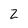
Character: 2